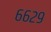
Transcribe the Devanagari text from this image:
६६२९